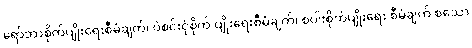
ရော်ဘာစိုက်ပျိုးရေးစီမံချက်၊ ပဲစင်းငုံစိုက် ပျိုးရေးစီမံချက်၊ စပါးစိုက်ပျိုးရေး စီမံချက် စသော